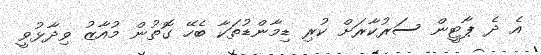
އެ ދެ ޕާޓީން ސަރުކާރަށް ކުރި ޑިމާންޑުތަކާ ބެހޭ ގޮތުން މުއާޒު ވިދާޅުވީ